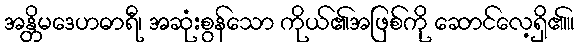
အန္တိမဒေဟဓာရီ၊ အဆုံးစွန်သော ကိုယ်၏အဖြစ်ကို ဆောင်လေ့ရှိ၏။